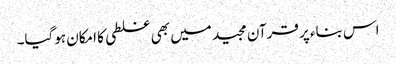
اس بناء پر قرآن مجید میں بھی غلطی کا امکان ہوگیا۔